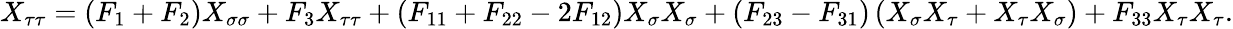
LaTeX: X_{\tau\tau}=\left(F_{1}+F_{2}\right)X_{\sigma\sigma}+F_{3}X_{\tau\tau}+\left(F_{11}+F_{22}-2F_{12}\right)X_{\sigma}X_{\sigma}+\left(F_{23}-F_{31}\right)\left(X_{\sigma}X_{\tau}+X_{\tau}X_{\sigma}\right)+F_{33}X_{\tau}X_{\tau}.